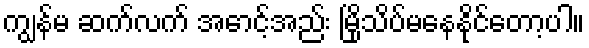
ကျွန်မ ဆက်လက် အောင့်အည်း မြိုသိပ်မနေနိုင်တော့ပါ။